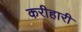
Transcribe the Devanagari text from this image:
करीहारी